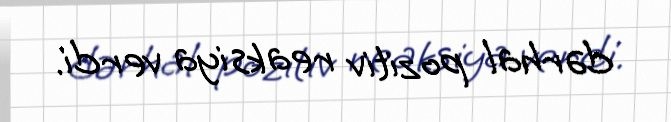
dərhal pozitiv reaksiya verdi.